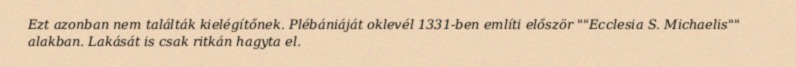
Ezt azonban nem találták kielégítőnek. Plébániáját oklevél 1331-ben említi először ""Ecclesia S. Michaelis"" alakban. Lakását is csak ritkán hagyta el.